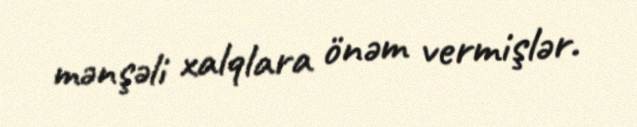
mənşəli xalqlara önəm vermişlər.